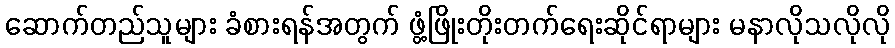
ဆောက်တည်သူများ ခံစားရန်အတွက် ဖွံ့ဖြိုးတိုးတက်ရေးဆိုင်ရာများ မနာလိုသလိုလို